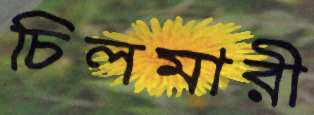
চিলমারী